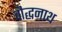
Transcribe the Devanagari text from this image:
वौद्धनाथ